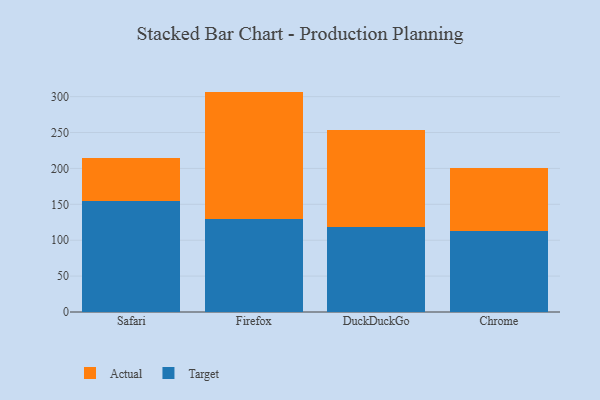
{"axis": {"x": "Browser", "y": "Budget (USD K)"}, "legend": ["Actual", "Target"], "data": [{"x": "Safari", "y": 155.2, "type": "Target"}, {"x": "Safari", "y": 58.9, "type": "Actual"}, {"x": "Firefox", "y": 129.4, "type": "Target"}, {"x": "Firefox", "y": 177.6, "type": "Actual"}, {"x": "DuckDuckGo", "y": 118.5, "type": "Target"}, {"x": "DuckDuckGo", "y": 135.5, "type": "Actual"}, {"x": "Chrome", "y": 112.8, "type": "Target"}, {"x": "Chrome", "y": 88.2, "type": "Actual"}]}